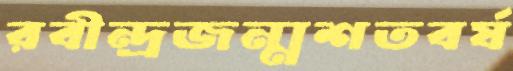
রবীন্দ্রজন্মশতবর্ষ